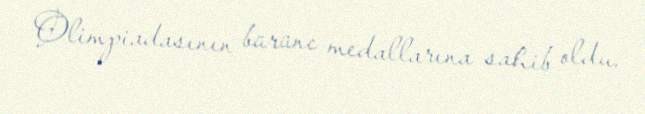
Olimpiadasının bürünc medallarına sahib oldu.